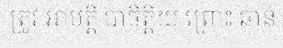
ត្រូវ អាបត្តិ បាចិត្តិយ ព្រោះ ឆាន់